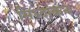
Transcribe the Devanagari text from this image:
सिध्दांकन